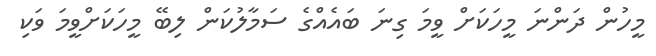
މީހުން ދަންނަ މީހަކަށް ވީމަ ގިނަ ބައެއްގެ ސަމާލުކަން ލިބޭ މީހަކަށްވީމަ ވަކި